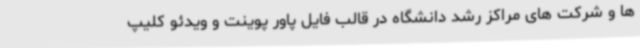
ها و شرکت های مراکز رشد دانشگاه در قالب فایل پاور پوینت و ویدئو کلیپ